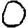
Digit: 0